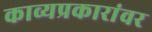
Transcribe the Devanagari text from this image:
काव्यप्रकारांवर